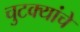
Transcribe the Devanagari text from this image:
चुटक्यांचे